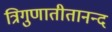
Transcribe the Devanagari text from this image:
त्रिगुणातीतानन्द